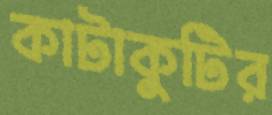
কাটাকুটির